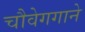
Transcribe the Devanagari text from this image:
चौवेगगाने